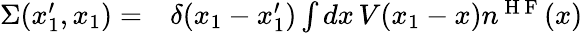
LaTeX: \begin{array}{rl}{\Sigma(x_{1}^{\prime},x_{1})=}&{{}\delta(x_{1}-x_{1}^{\prime})\int dx\, V(x_{1}-x)n^{\mathrm{~H~F~}}(x)}\end{array}